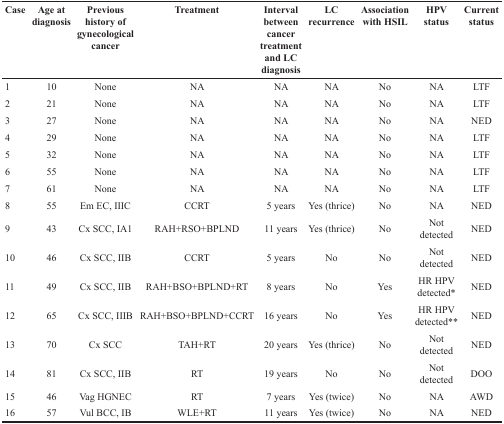
| Case | Age at diagnosis | Previous history of gynecological cancer | Treatment | Interval between cancer treatment and LC diagnosis | LC recurrence | Association with HSIL | HPV status | Current status |
 | --- | --- | --- | --- | --- | --- | --- | --- | --- |
 | 1 | 10 | None | NA | NA | NA | No | NA | LTF |
 | 2 | 21 | None | NA | NA | NA | No | NA | LTF |
 | 3 | 27 | None | NA | NA | NA | No | NA | NED |
 | 4 | 29 | None | NA | NA | NA | No | NA | LTF |
 | 5 | 32 | None | NA | NA | NA | No | NA | LTF |
 | 6 | 55 | None | NA | NA | NA | No | NA | LTF |
 | 7 | 61 | None | NA | NA | NA | No | NA | LTF |
 | 8 | 55 | Em EC, IIIC | CCRT | 5 years | Yes (thrice) | No | NA | NED |
 | 9 | 43 | Cx SCC, IA1 | RAH+RSO+BPLND | 11 years | Yes (thrice) | No | Not detected | NED |
 | 10 | 46 | Cx SCC, IIB | CCRT | 5 years | No | No | Not detected | NED |
 | 11 | 49 | Cx SCC, IIB | RAH+BSO+BPLND+RT | 8 years | No | Yes | HR HPV detected* | NED |
 | 12 | 65 | Cx SCC, IIIB | RAH+BSO+BPLND+CCRT | 16 years | No | Yes | HR HPV detected** | NED |
 | 13 | 70 | Cx SCC | TAH+RT | 20 years | Yes (thrice) | No | Not detected | NED |
 | 14 | 81 | Cx SCC, IIB | RT | 19 years | No | No | Not detected | DOO |
 | 15 | 46 | Vag HGNEC | RT | 7 years | Yes (twice) | No | NA | AWD |
 | 16 | 57 | Vul BCC, IB | WLE+RT | 11 years | Yes (twice) | No | NA | NED |